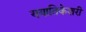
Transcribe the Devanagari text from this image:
ययातिकेशरी